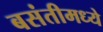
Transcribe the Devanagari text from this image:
बसंतीमध्ये